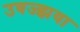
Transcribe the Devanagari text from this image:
उवज्झया